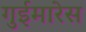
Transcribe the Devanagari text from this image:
गुईमारेस